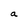
Character: a